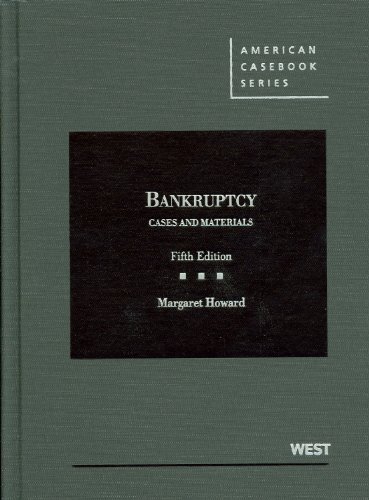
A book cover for Cases and Materials on Bankruptcy (American Casebook Series); Margaret Howard; Law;